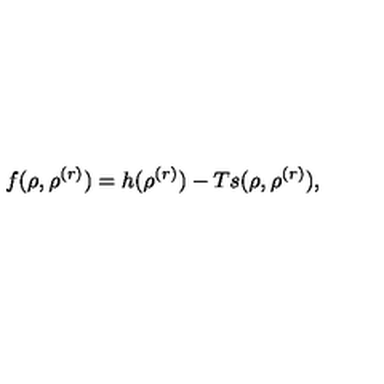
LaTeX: f ( \rho , \rho ^ { ( r ) } ) = h ( \rho ^ { ( r ) } ) - T s ( \rho , \rho ^ { ( r ) } ) ,